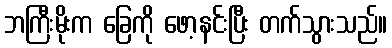
ဘကြီးမိုးက ခြေကို ဖော့နင်းပြီး တက်သွားသည်။